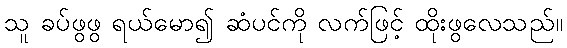
သူ ခပ်ဖွဖွ ရယ်မော၍ ဆံပင်ကို လက်ဖြင့် ထိုးဖွလေသည်။